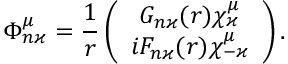
\Phi _ { n \varkappa } ^ { \mu } = \frac { 1 } { r } \left( \begin{array} { c } { G _ { n \varkappa } ( r ) \chi _ { \varkappa } ^ { \mu } } \\ { i F _ { n \varkappa } ( r ) \chi _ { - \varkappa } ^ { \mu } } \end{array} \right) .